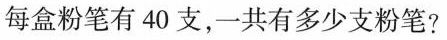
每盒粉笔有40支，一共有多少支粉笔?